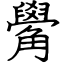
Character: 觷